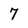
Character: 7